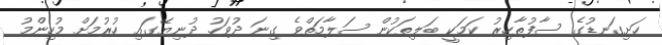
ހަށިގަނޑުގެ ސާފުތާހިރު ކަމަކީ ބަލިތަކުން ސަލާމަތްވެ ގިނަ ދުވަހު ދުނިޔޭގައި ހުރުމަށް މުހިންމު